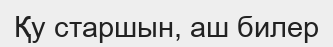
Қу старшын, аш билер